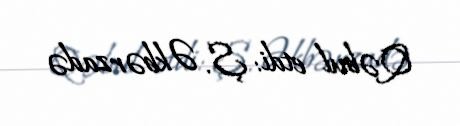
Qəbul etdi: Ş. Əkbərzadə